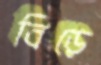
বিড়ে